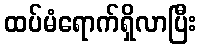
ထပ်မံရောက်ရှိလာပြီး